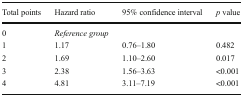
| Total points | Hazard ratio | 95% confidence interval | p value |
 | --- | --- | --- | --- |
 | 0 | Reference group |  |  |
 | 1 | 1.17 | 0.76–1.80 | 0.482 |
 | 2 | 1.69 | 1.10–2.60 | 0.017 |
 | 3 | 2.38 | 1.56–3.63 | <0.001 |
 | 4 | 4.81 | 3.11–7.19 | <0.001 |